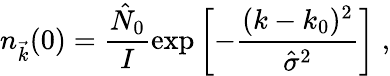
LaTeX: n_{\vec{k}}(0)=\frac{{\hat{N}}_{0}}{I}\exp\left[-\frac{(k-k_{0})^{2}}{\hat{\sigma}^{2}}\right]\; ,